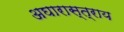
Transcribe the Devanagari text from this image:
अघारास्त्राय